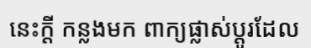
នេះក្តី កន្លងមក ពាក្យផ្លាស់ប្តូរដែល